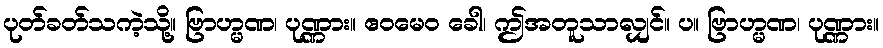
ပုတ်ခတ်သကဲ့သို့။ ဗြာဟ္မဏ၊ ပုဏ္ဏား။ ဧဝမေဝ ခေါ၊ ဤအတူသာလျှင်။ ပ။ ဗြာဟ္မဏ၊ ပုဏ္ဏား။